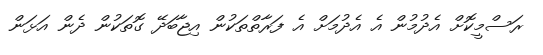
ރަސްމީކޮށް އެދުމުން އެ އެދުމަށް އެ ފަރާތްތަކުން އިޖާބަދޭ ގޮތަކުން ދެން އަޅަން